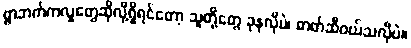
ရွာဘက်ကလူတွေဆိုလို့ရှိရင်တော့ သူတို့တွေ ခုနလိုပဲ၊ ဓာတ်ဆီဝယ်သလိုပဲ။